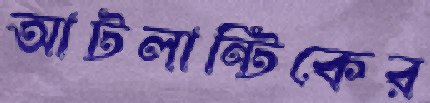
আটলান্টিকের